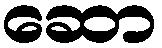
ဆော